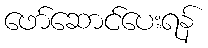
ဖော်ဆောင်ပေးရန်